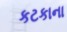
કટકાના